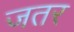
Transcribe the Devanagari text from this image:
जतर